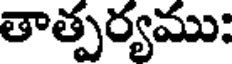
తాత్పర్యము;